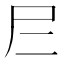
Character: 𡰥